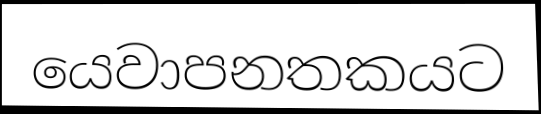
යෙවාපනතකයට